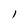
Character: l